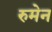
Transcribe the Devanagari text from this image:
रुमेन